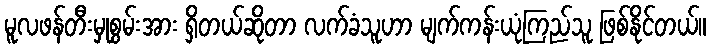
မူလဖန်တီးမှုစွမ်းအား ရှိတယ်ဆိုတာ လက်ခံသူဟာ မျက်ကန်းယုံကြည်သူ ဖြစ်နိုင်တယ်။